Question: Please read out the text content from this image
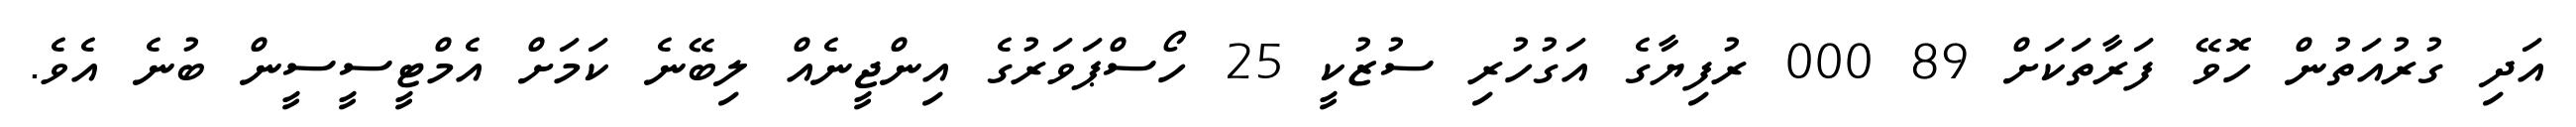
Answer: އަދި ގުރުއަތުން ހޮވޭ ފަރާތަކަށް 89 000 ރުފިޔާގެ އަގުހުރި ސުޒުކީ 25 ހޯސްޕަވަރުގެ އިންޖީނެއް ލިބޭނެ ކަމަށް އެމްޓީސީސީން ބުނެ އެވެ.